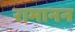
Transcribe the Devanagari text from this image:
रामानन